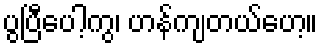
ပွပြီပေါ့ကွ၊ ဟန်ကျတယ်ဟေ့။